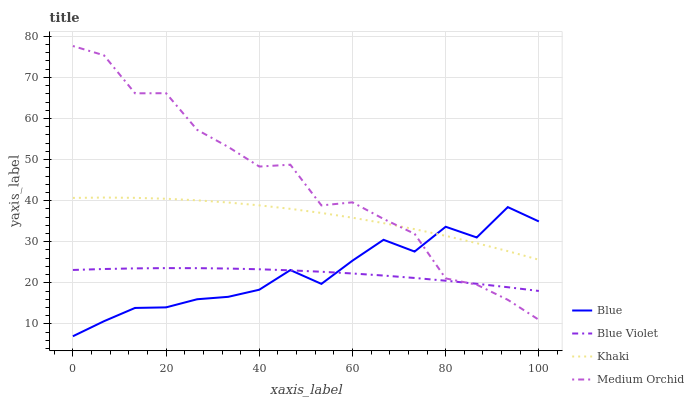
| xaxis_label | Blue | Blue Violet | Khaki | Medium Orchid |
 | --- | --- | --- | --- | --- |
 | 0 | 7 | 23.1 | 40.7 | 77.6 |
 | 6.67 | 10.7 | 23.4 | 40.8 | 75.4 |
 | 13.3 | 13.9 | 23.5 | 40.7 | 66.1 |
 | 20 | 14 | 23.6 | 40.5 | 66.2 |
 | 26.7 | 16 | 23.6 | 40.1 | 57.2 |
 | 33.3 | 16.6 | 23.5 | 39.6 | 53.1 |
 | 40 | 18.3 | 23.3 | 38.9 | 48.3 |
 | 46.7 | 23.1 | 23 | 38 | 48.8 |
 | 53.3 | 19.7 | 22.7 | 37 | 38.8 |
 | 60 | 25.4 | 22.3 | 35.9 | 39.6 |
 | 66.7 | 30.5 | 21.8 | 34.5 | 35.6 |
 | 73.3 | 27.6 | 21.2 | 33.1 | 31.9 |
 | 80 | 33.6 | 20.5 | 31.4 | 21.1 |
 | 86.7 | 31 | 19.8 | 29.7 | 19.5 |
 | 93.3 | 38.4 | 18.9 | 27.7 | 15.9 |
 | 100 | 34.9 | 18 | 25.6 | 11 |